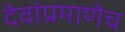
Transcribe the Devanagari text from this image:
देवांप्रमाणेच